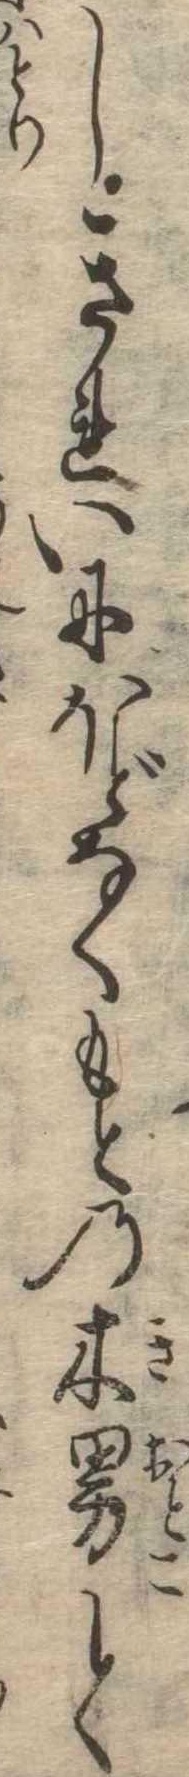
しきれいにほどなくもとの木男と